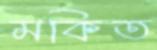
মকিত